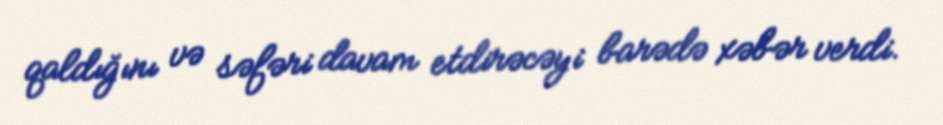
qaldığını və səfəri davam etdirəcəyi barədə xəbər verdi.